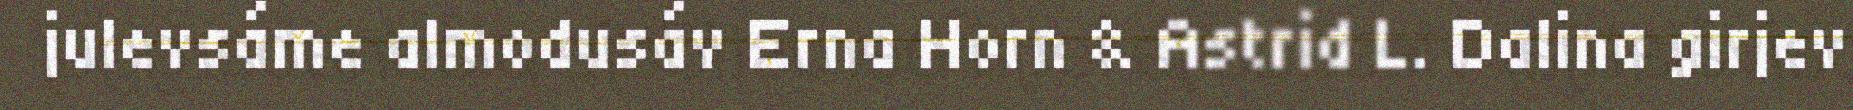
julevsáme almodusáv Erna Horn & Astrid L. Dalina girjev